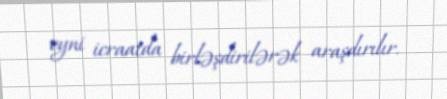
eyni icraatda birləşdirilərək araşdırılır.